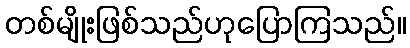
တစ်မျိုးဖြစ်သည်ဟုပြောကြသည်။